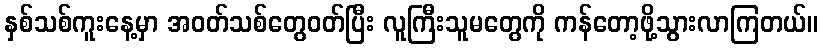
နှစ်သစ်ကူးနေ့မှာ အဝတ်သစ်တွေဝတ်ပြီး လူကြီးသူမတွေကို ကန်တော့ဖို့သွားလာကြတယ်။